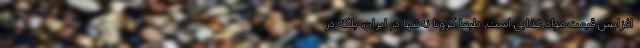
‌ افزایش قیمت مواد غذایی است. طبعا کرونا نه‌تنها در ایران، بلکه در